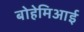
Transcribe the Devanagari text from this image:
बोहेमिआई